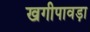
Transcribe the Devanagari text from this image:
खगीपावड़ा